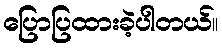
ပြောပြထားခဲ့ပါတယ်။